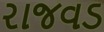
રાજવડ